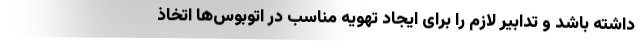
داشته باشد و تدابیر لازم را برای ایجاد تهویه مناسب در اتوبوس‌ها اتخاذ